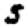
Digit: 5